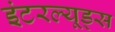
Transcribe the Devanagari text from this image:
इंटरल्यूड्स